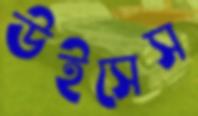
উইসেস